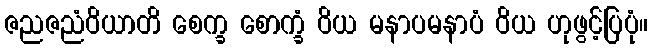
ဇညဇညံဝိယာတိ စေက္ခ စောက္ခံ ဝိယ မနာပမနာပံ ဝိယ ဟုဖွင့်ပြပုံ။